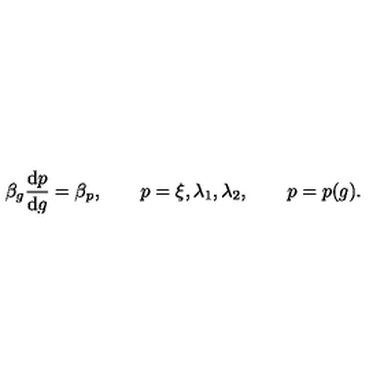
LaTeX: \beta _ { g } \frac { \mathrm { d } p } { \mathrm { d } g } = \beta _ { p } , \qquad p = \xi , \lambda _ { 1 } , \lambda _ { 2 } , \qquad p = p ( g ) .